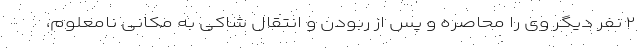
۲ نفر دیگر وی را محاصره و پس از ربودن و انتقال شاکی به مکانی نامعلوم،